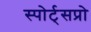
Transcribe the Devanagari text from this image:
स्पोर्ट्‌सप्रो